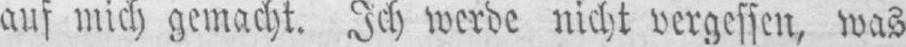
auf mich gemacht. Ich werde nicht vergessen, was